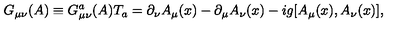
G _ { \mu \nu } ( A ) \equiv G _ { \mu \nu } ^ { a } ( A ) T _ { a } = \partial _ { \nu } A _ { \mu } ( x ) - \partial _ { \mu } A _ { \nu } ( x ) - i g [ A _ { \mu } ( x ) , A _ { \nu } ( x ) ] ,